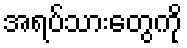
အရပ်သားတွေကို